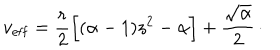
LaTeX: v _ { \mathrm { e f f } } = { \frac { r } { 2 } } \Bigl [ ( \alpha - 1 ) z ^ { 2 } - \alpha \Bigr ] + { \frac { \sqrt { \alpha } } { 2 } } \, \cdotp